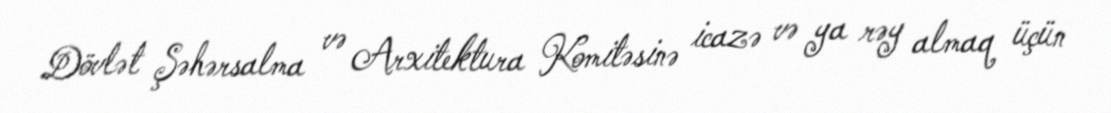
Dövlət Şəhərsalma və Arxitektura Komitəsinə icazə və ya rəy almaq üçün